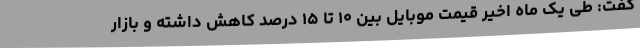
گفت: طی یک ماه اخیر قیمت موبایل بین ۱۰ تا ۱۵ درصد کاهش داشته و بازار